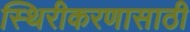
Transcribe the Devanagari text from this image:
स्थिरीकरणासाठी